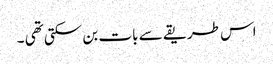
اس طریقے سے بات بن سکتی تھی ۔